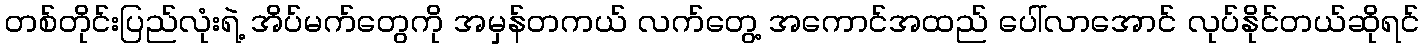
တစ်တိုင်းပြည်လုံးရဲ့ အိပ်မက်တွေကို အမှန်တကယ် လက်တွေ့ အကောင်အထည် ပေါ်လာအောင် လုပ်နိုင်တယ်ဆိုရင်